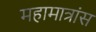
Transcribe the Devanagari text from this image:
महामात्रांस